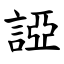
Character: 䛩